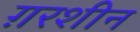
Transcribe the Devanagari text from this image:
ग़रशीन